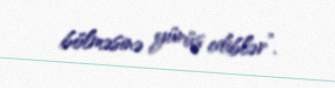
bölməsinə yürüş ediblər”.